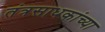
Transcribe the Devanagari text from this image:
तंत्रसाधकांच्या